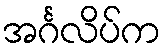
အင်္ဂလိပ်က